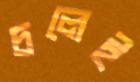
চলেই